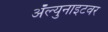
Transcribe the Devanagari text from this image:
ॲल्युनाइटवर